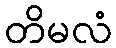
တိမလံ